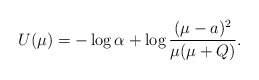
\begin{align*}U(\mu)=-\log\alpha+\log\frac{(\mu-a)^2}{\mu(\mu+Q)}.\end{align*}